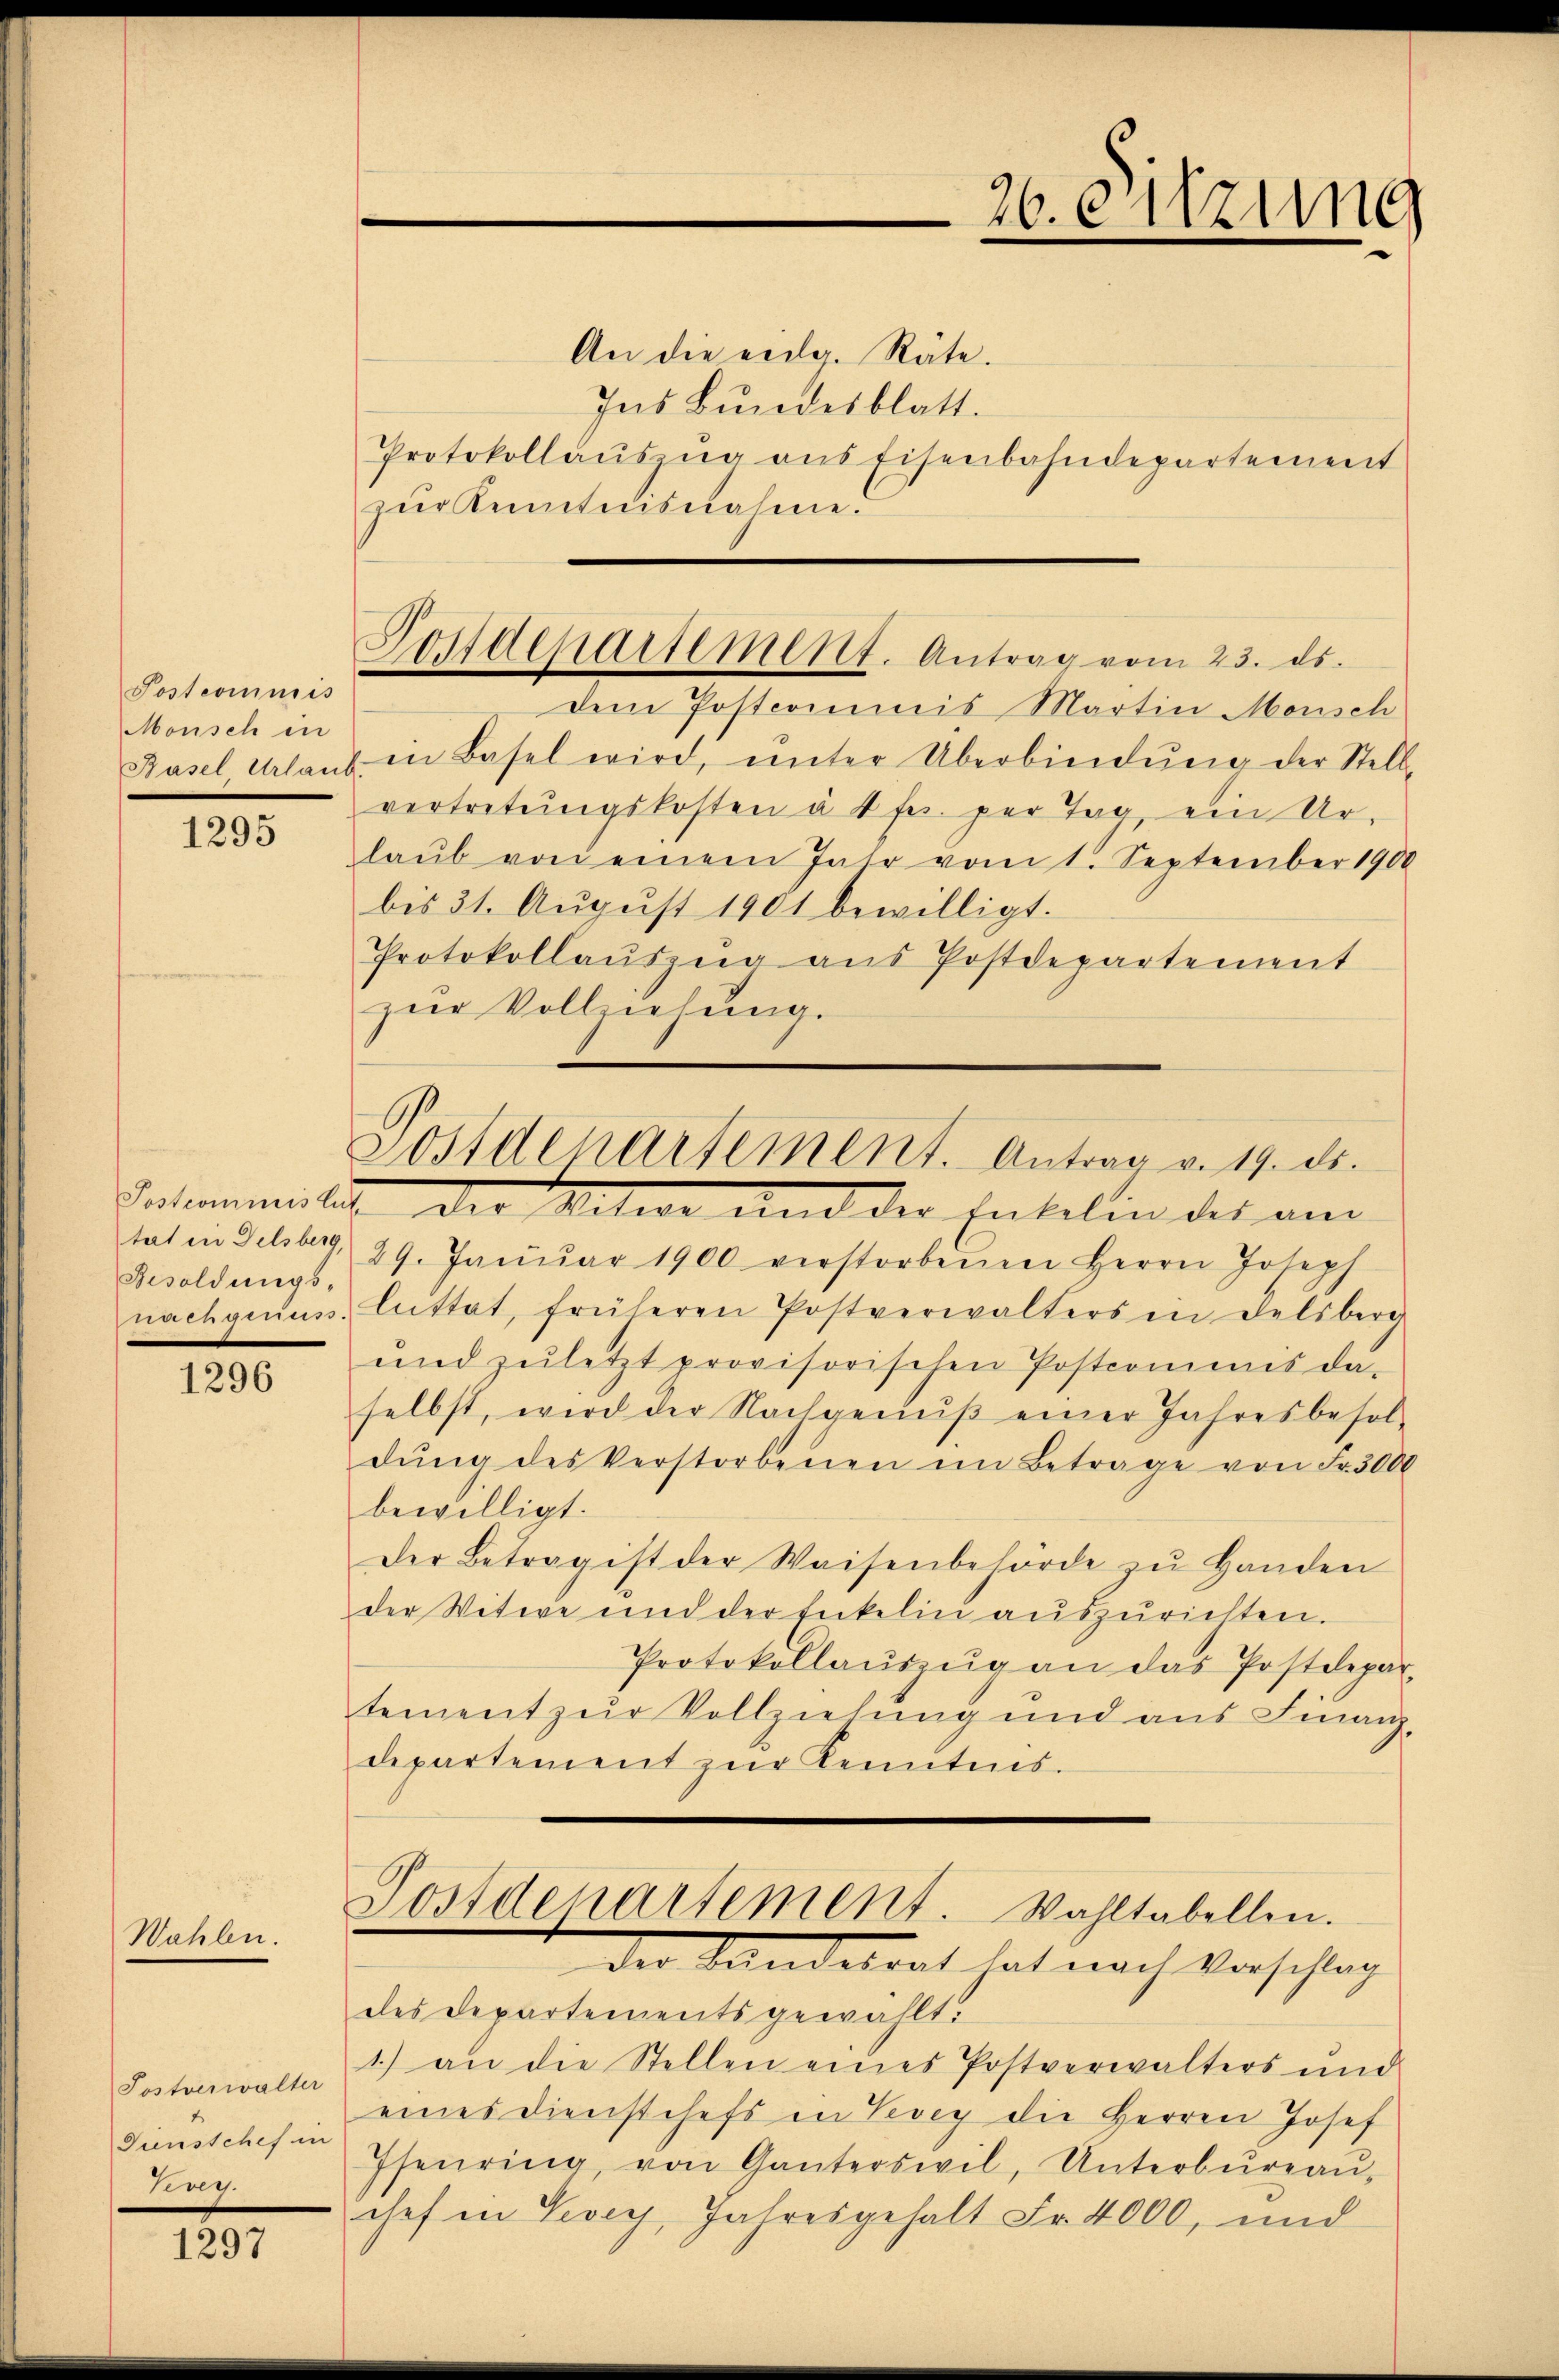
Postcommis
Monsch in
Basel Urlaub.

1295

Besoldungs-

1296

Wahlen.

Postverwalter
Krey.

1

Postdepartement. Antrag vom 23. ds.

An die eidg. Räte.
Ins Bundesblatt.
Protokollaŭszŭg ans Eisenbahndepartement
zŭr Kenntnisnahme.

26. eitzung

dem Postcommis Martin Morsch
in Basel wird, ŭnter Überbindŭng der Stell-
vertretungskosten à 1 Fr. per Tag, ein Urlaŭb von einem Jahr vom 1. September 1900
bis 31. Aŭgŭst 1901 bewilligt.
Protokollaŭszŭg aŭs Postdepartement
zur Vollziehung.

Sostdepartement. Antrag v. 19. ds.
Sekommitis der Witwe und der Entelin der am

tat in Selsberg, 29. Janŭar 1900 verstorbenen Herrn Joseph
nachgenuss. Luttat, früheren Postverwalters in Delsberg
ŭnd zuletzt provisorischen Postcomins da-
selbst, wird der Nachgenŭβ einer Jahresbesol-
dŭng des Verstorbenen im Betrage von Fr. 3000
bewilligt.
Der Betrag ist der Waisenbehörde zŭ handen
der Witwe und der Enkelin auszurichten.
Protokollaŭszŭg an das Postdepar-
tement zur Vollziehung und aus Finanz-
departement zŭr Kenntnis.

Postdepartement. Wahltabellen.
der Sanderrat hat nach Vorschlag

des Departements gewählt.
1) an die Stellen eines Postverwalters und
eines Dienstchefs in Vevey die Herren Josef
diusschehen Theuring, von Ganterswil, Unterbüreaŭ-
chef in Vevey, Jahresgehalt Fr. 4000, und